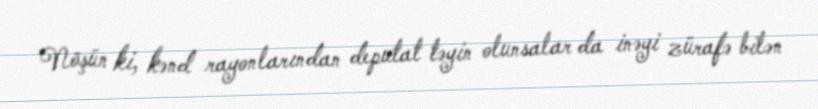
Nöşün ki, kənd rayonlarından deputat təyin olunsalar da inəyi zürafə bilən